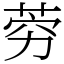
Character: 䓖